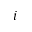
i